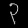
Digit: ၃